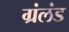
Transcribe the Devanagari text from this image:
ग्रंलंड